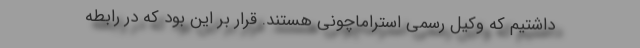
داشتیم که وکیل رسمی استراماچونی هستند. قرار بر این بود که در رابطه